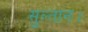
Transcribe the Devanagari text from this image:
सुल्तान।